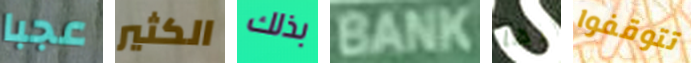
عجبا الكثير بذلك BANK إنها تتوقفوا